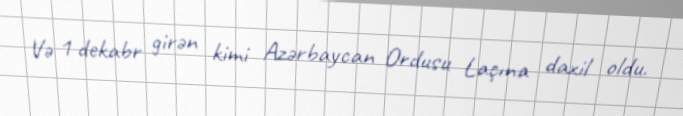
Və 1 dekabr girən kimi Azərbaycan Ordusu Laçına daxil oldu.